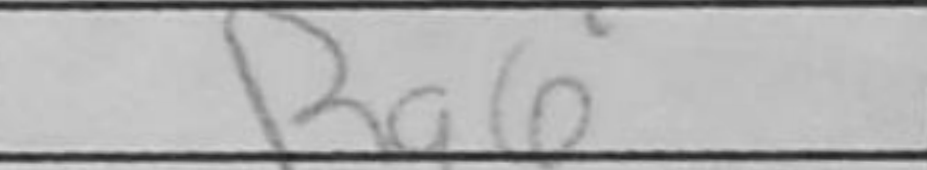
Transcription: Ra6